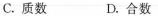
C.质数 D.合数